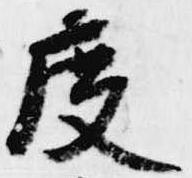
度